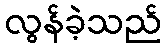
လွန်ခဲ့သည်